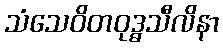
သံသေဝိတဝုဒ္ဓသီလိနာ